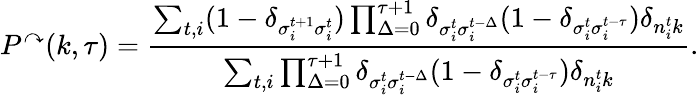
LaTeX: P^{\curvearrowright}(k,\tau)=\frac{\sum_{t,i}(1-\delta_{\sigma_{i}^{t+1}\sigma_{i}^{t}})\prod_{\Delta=0}^{\tau+1}\delta_{\sigma_{i}^{t}\sigma_{i}^{t-\Delta}}(1-\delta_{\sigma_{i}^{t}\sigma_{i}^{t-\tau}})\delta_{n_{i}^{t}k}}{\sum_{t,i}\prod_{\Delta=0}^{\tau+1}\delta_{\sigma_{i}^{t}\sigma_{i}^{t-\Delta}}(1-\delta_{\sigma_{i}^{t}\sigma_{i}^{t-\tau}})\delta_{n_{i}^{t}k}}.